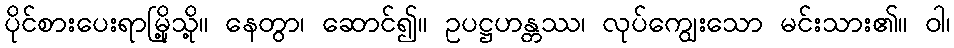
ပိုင်စားပေးရာမြို့သို့။ နေတွာ၊ ဆောင်၍။ ဥပဋ္ဌဟန္တဿ၊ လုပ်ကျွေးသော မင်းသား၏။ ဝါ၊